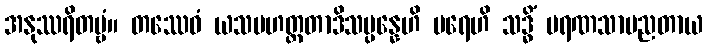
အနုဿရိတဗ္ဗံ။ တဿေဝံ ယသမဟတ္တတာဒိသမ္ပန္နေဟိ ပရေဟိ သဒ္ဓိံ မရဏသာမညတာယ